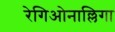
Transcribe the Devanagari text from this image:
रेगिओनाल्लिगा